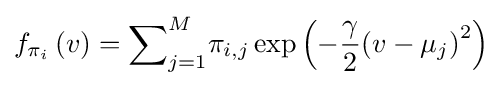
{f}_{{\pi }_{i}}\left(v\right)={\sum }_{j=1}^{M}{\pi }_{i,j}\exp \left(-{\frac {\gamma }{2}}{\left(v-{\mu }_{j}\right)}^{2}\right)